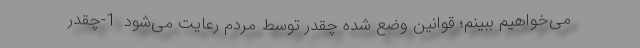
می‌خواهیم ببینم؛ قوانین وضع شده چقدر توسط مردم رعایت می‌شود. 1-چقدر